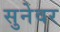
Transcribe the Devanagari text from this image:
सुनेवर